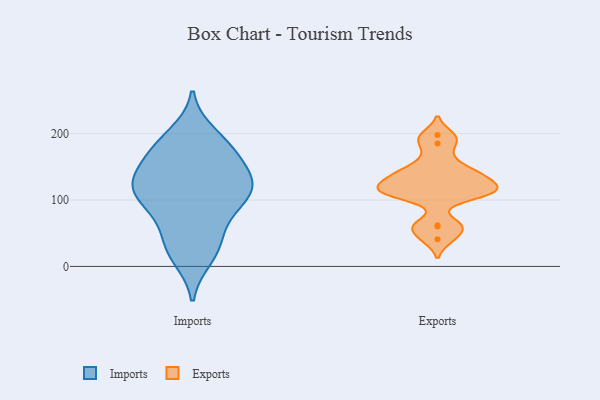
{"axis": {"x": "Operating Costs (USD K)", "y": "Value"}, "legend": ["Exports", "Imports"], "data": [{"x": "", "y": 125, "type": "Imports"}, {"x": "", "y": 28, "type": "Imports"}, {"x": "", "y": 174, "type": "Imports"}, {"x": "", "y": 129, "type": "Imports"}, {"x": "", "y": 14, "type": "Imports"}, {"x": "", "y": 86, "type": "Imports"}, {"x": "", "y": 113, "type": "Imports"}, {"x": "", "y": 177, "type": "Imports"}, {"x": "", "y": 122, "type": "Imports"}, {"x": "", "y": 198, "type": "Imports"}, {"x": "", "y": 111, "type": "Imports"}, {"x": "", "y": 160, "type": "Imports"}, {"x": "", "y": 87, "type": "Imports"}, {"x": "", "y": 182, "type": "Imports"}, {"x": "", "y": 54, "type": "Imports"}, {"x": "", "y": 113, "type": "Imports"}, {"x": "", "y": 29, "type": "Imports"}, {"x": "", "y": 134, "type": "Imports"}, {"x": "", "y": 60, "type": "Exports"}, {"x": "", "y": 110, "type": "Exports"}, {"x": "", "y": 185, "type": "Exports"}, {"x": "", "y": 109, "type": "Exports"}, {"x": "", "y": 41, "type": "Exports"}, {"x": "", "y": 137, "type": "Exports"}, {"x": "", "y": 135, "type": "Exports"}, {"x": "", "y": 198, "type": "Exports"}, {"x": "", "y": 139, "type": "Exports"}, {"x": "", "y": 118, "type": "Exports"}, {"x": "", "y": 62, "type": "Exports"}, {"x": "", "y": 117, "type": "Exports"}, {"x": "", "y": 158, "type": "Exports"}, {"x": "", "y": 112, "type": "Exports"}]}